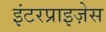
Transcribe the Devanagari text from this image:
इंटरप्राइज़ेस